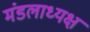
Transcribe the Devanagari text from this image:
मंडलाध्यक्ष